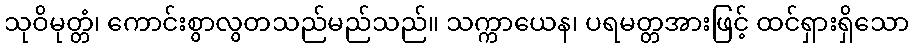
သုဝိမုတ္တံ၊ ကောင်းစွာလွတသည်မည်သည်။ သက္ကာယေန၊ ပရမတ္တအားဖြင့် ထင်ရှားရှိသော